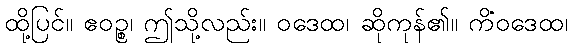
ထို့ပြင်။ ဧဝဉ္စ၊ ဤသို့လည်း။ ဝဒေထ၊ ဆိုကုန်၏။ ကိံဝဒေထ၊